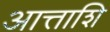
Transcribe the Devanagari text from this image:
आत्ताशि